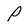
Character: p